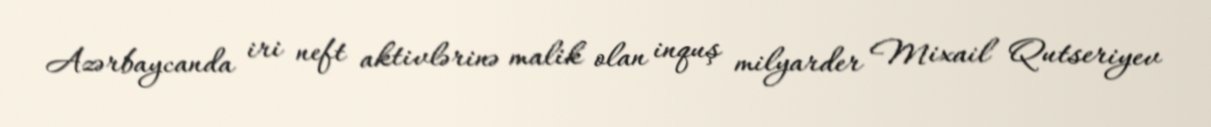
Azərbaycanda iri neft aktivlərinə malik olan inquş milyarder Mixail Qutseriyev